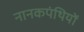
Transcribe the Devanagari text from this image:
नानकपंथियों